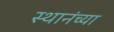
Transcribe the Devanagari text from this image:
स्थानंच्या